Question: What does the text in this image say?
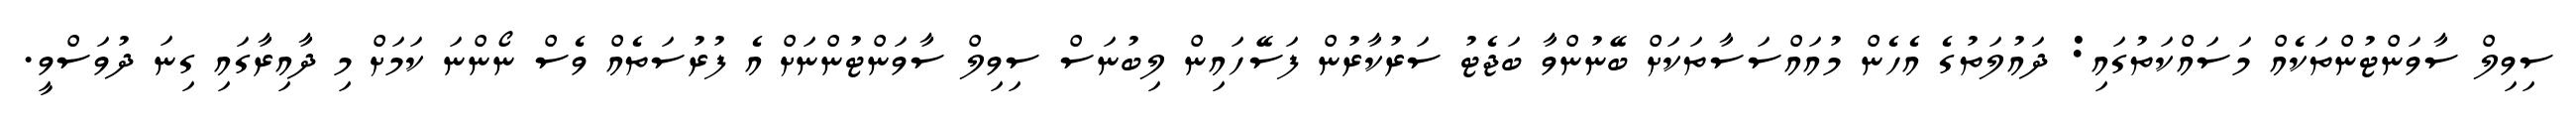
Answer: ސިވިލް ސާވަންޓުންތަކެއް މަސައްކަތުގައި: ދައުލަތުގެ އެހެން މުއައްސަސާތަކަށް ބޭނުންވާ ބަޖެޓު ސަރުކާރުން ފަސޭހައިން ލިބުނަސް ސިވިލް ސާވަންޓުންނަށް އެ ފުރުސަތެއް ވެސް ނޯންނަ ކަމަށް މި ދާއިރާގައި ގިނަ ދުވަސްވީ.